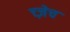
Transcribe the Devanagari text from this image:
च्ज़ेच